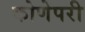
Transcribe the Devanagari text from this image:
कोणेपरी